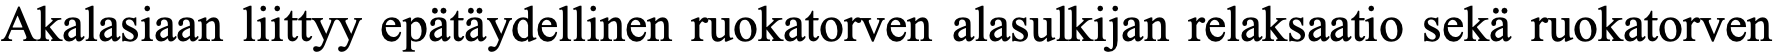
Akalasiaan liittyy epätäydellinen ruokatorven alasulkijan relaksaatio sekä ruokatorven